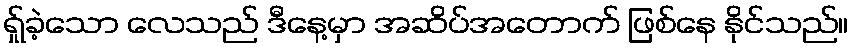
ရ်ှုခဲ့သော လေသည် ဒီနေ့မှာ အဆိပ်အတောက် ဖြစ်နေ နိုင်သည်။